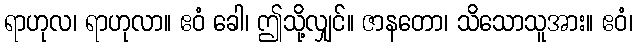
ရာဟုလ၊ ရာဟုလာ။ ဧဝံ ခေါ၊ ဤသို့လျှင်။ ဇာနတော၊ သိသောသူအား။ ဧဝံ၊